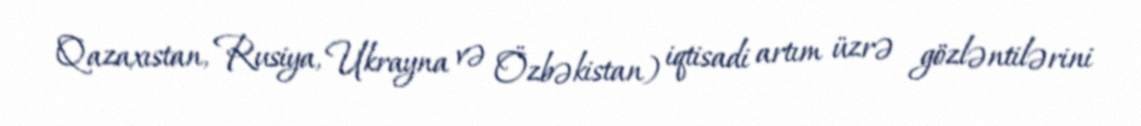
Qazaxıstan, Rusiya, Ukrayna və Özbəkistan) iqtisadi artım üzrə gözləntilərini